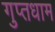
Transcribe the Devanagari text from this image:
गुप्तधाम